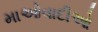
માઓવાદીઓ